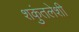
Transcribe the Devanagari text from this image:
शकुंतलेशी